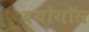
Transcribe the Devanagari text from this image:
बयोगॉस